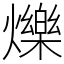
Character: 爍